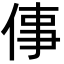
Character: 倳